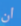
ان